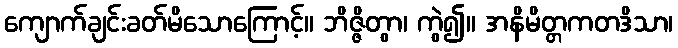
ကျောက်ချင်းခတ်မိသောကြောင့်။ ဘိဇ္ဇိတွာ၊ ကွဲ၍။ အနိမိတ္တကတဒိသာ၊